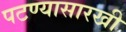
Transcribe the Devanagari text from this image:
पटण्यासारखी